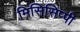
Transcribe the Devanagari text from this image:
मिसिसिप्‍पी